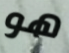
هو